Civil Veterinary Dept. North-West Frontier Province 1923-32 - 1923-1932
Year: 1923
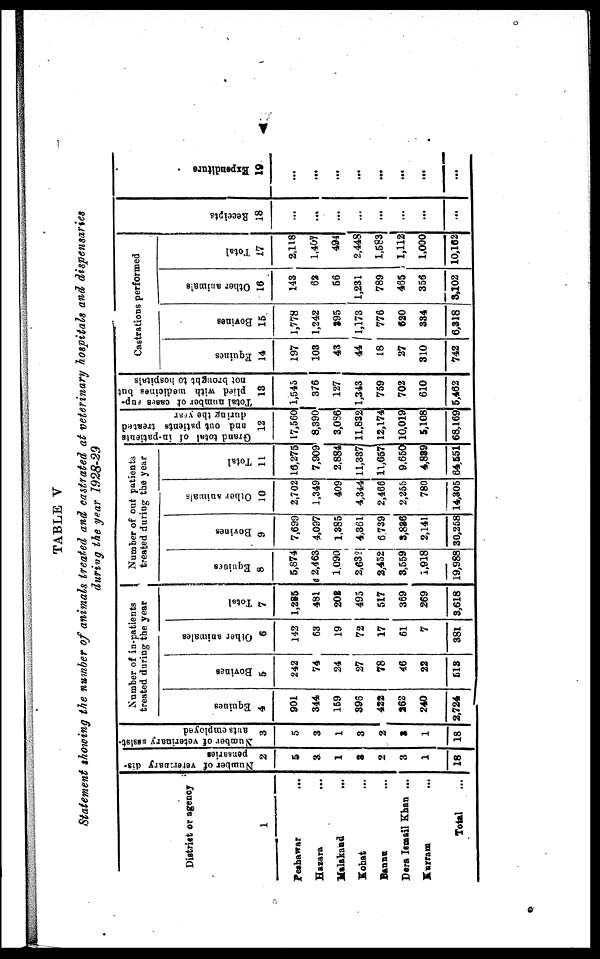
v
TABLE V
Statement showing the number of animals treated and castrated at veterinary hospitals and dispensaries
during the year 1928-29
District or agency
1
Peshawar
...
Hazara …
Malakand …
Kohat …
Bannu …
Dera Ismail Khan ...
Kurram …
Total …
Number of veterinary dis-
pensaries
2
5
3
1
3
2
3
1
18
Number
of veterinary assist-
ants employed
3
5
3
1
3
2
3
1
18
Number of in-patients
treated during the year
Equines
4
901
344
159
395
422
262
240
2,724
Bovines
5
242
74
24
27
78
46
22
513
Other animales
6
142
63
19
72
17
61
7
381
Total
7
1,285
481
202
495
517
369
269
3,618
Number of out patients
treated during the year
Equines
8
5,874
2,463
1.090
2,632
2,452
3,559
1,918
19,988
Bovines
9
7,699
4,097
1,385
4,361
6,739
3,886
2,141
30,258
Other animals
10
2,702
1,349
409
4,344
2,466
2,255
780
14,305
Total
11
16,275
7,909
2,884
11,337
11,657
9,650
4,889
64,551
Grand total of in-patients
and out patients treated
during the year
12
17,560
8,390
3,086
11,832
12,174
10,019
5,108
68,169
Total number of cases sup-
plied with medicines but
not brought to hospitals
18
1,545
376
127
1,343
759
702
610
5,462
Castrations performed
Equines
14
197
103
43
44
18
27
310
742
Bovines
15
1,778
1,242
395
1,173
776
620
334
6,318
Other animals
16
143
62
56
1,231
789
465
356
3,102
Total
17
2,118
1,407
494
2,448
1,583
1,112
1,000
10,162
Receipts
18
...
...
...
...
...
…
...
...
Expe ndi t
ur e
19
...
...
...
...
...
...
…
...